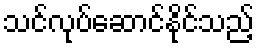
သင်လုပ်ဆောင်နိုင်သည့်